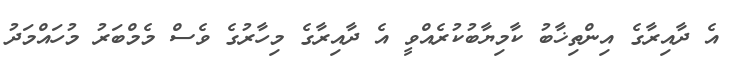
އެ ދާއިރާގެ އިންތިޚާބު ކާމިޔާބުކުރެއްވީ އެ ދާއިރާގެ މިހާރުގެ ވެސް މެމްބަރު މުހައްމަދު